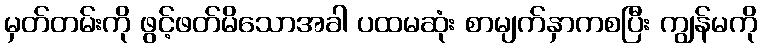
မှတ်တမ်းကို ဖွင့်ဖတ်မိသောအခါ ပထမဆုံး စာမျက်နှာကစပြီး ကျွန်မကို